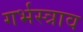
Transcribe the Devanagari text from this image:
गर्भस्त्राव